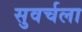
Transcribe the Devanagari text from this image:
सुवर्चला